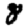
Digit: 8